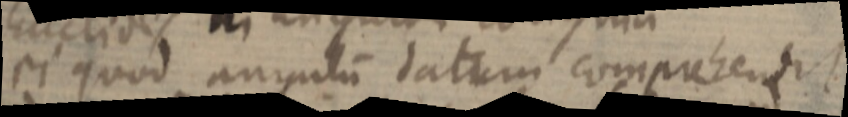
ei quod angulum datum comprehendit